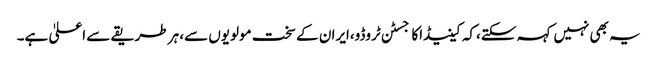
یہ بھی نہیں کہہ سکتے،کہ کینیڈاکاجسٹن ٹروڈو،ایران کے سخت مولویوں سے، ہر طریقے سے اعلیٰ ہے۔